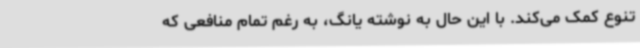
تنوع کمک می‌کند. با این حال به نوشته یانگ، به رغم تمام منافعی که